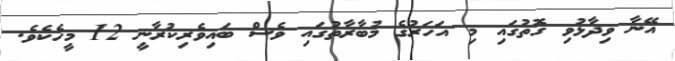
އޭނާ ވިދާޅުވި ގޮތުގައި މި އަހަރުގެ މުބާރާތުގައި ވެސް ބައިވެރިކުރާނީ 12 މީހެކެވެ.